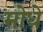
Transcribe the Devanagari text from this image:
मोधे